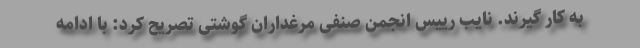
به کار گیرند. نایب رییس انجمن صنفی مرغداران گوشتی تصریح کرد: با ادامه